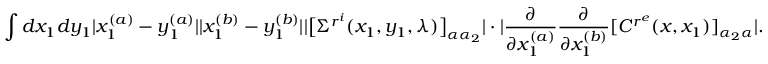
\int d x _ { 1 } d y _ { 1 } | x _ { 1 } ^ { ( a ) } - y _ { 1 } ^ { ( a ) } | | x _ { 1 } ^ { ( b ) } - y _ { 1 } ^ { ( b ) } | | \big [ \Sigma ^ { r ^ { i } } ( x _ { 1 } , y _ { 1 } , \lambda ) \big ] _ { \alpha \alpha _ { 2 } } | \cdot | \frac { \partial } { \partial { x _ { 1 } ^ { ( a ) } } } \frac { \partial } { \partial { x _ { 1 } ^ { ( b ) } } } [ C ^ { r ^ { e } } ( x , x _ { 1 } ) ] _ { \alpha _ { 2 } \alpha } | .